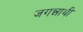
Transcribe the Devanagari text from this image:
जगन्नाथी